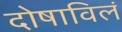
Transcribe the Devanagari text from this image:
दोषाविलं